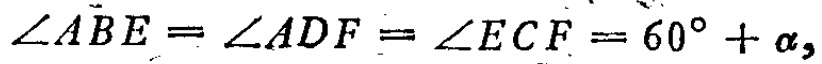
\(\angle ABE = \angle ADF = \angle ECF = 60^{\circ}+\alpha\)